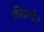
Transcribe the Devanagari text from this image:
फ़ीसदी।